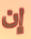
إن